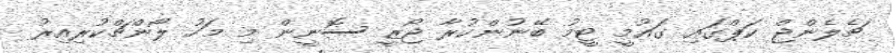
ޗެލެންޖް ކަޕްގައި ގައުމީ ޓީމު ބޭނުންކުރާ ޖޯޒީ ސޮނީން މި މަހު ލޯންޗްކުރިއިރު